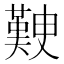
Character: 𭀃